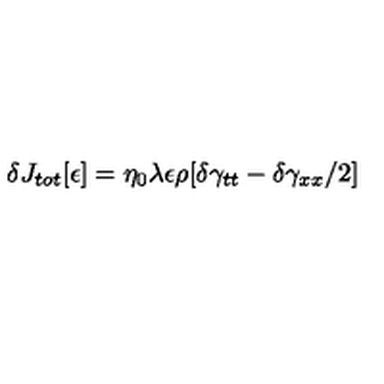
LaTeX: \delta J _ { t o t } [ \epsilon ] = \eta _ { 0 } \lambda \epsilon \rho [ \delta \gamma _ { t t } - \delta \gamma _ { x x } / 2 ]